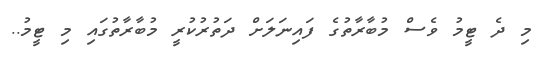
މި ދެ ޓީމު ވެސް މުބާރާތުގެ ފައިނަލަށް ދަތުރުކުރީ މުބާރާތުގައި މި ޓީމު..